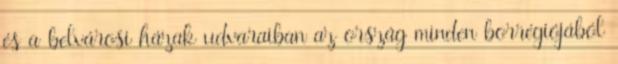
és a belvárosi házak udvaraiban az ország minden borrégiójából